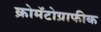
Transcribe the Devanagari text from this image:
क्रोमॅटोग्राफीक